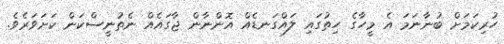
ހުރިކަމަށް ބުނާނަމަ އެ މީހާގެ ހިތުގައި ލައްގަނޑެއް އޮންނާން ޖާގައެއް ނެތުނީސްކަން ކަށަވަރެވެ.